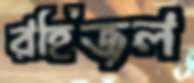
রহিজল